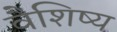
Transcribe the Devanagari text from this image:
वैशिष्य